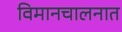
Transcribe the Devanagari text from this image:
विमानचालनात